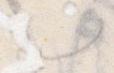
ん